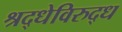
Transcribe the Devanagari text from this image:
श्रद्धेविरुद्ध